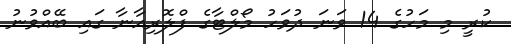
ކުރީ މި މަހުގެ 14 ވަނަ ދުވަހު މޯލްޓާގެ ފްލޮރިއާނާ ގައި ބޭއްވުނު